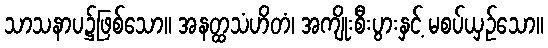
သာသနာပ၌ဖြစ်သော။ အနတ္ထသံဟိတံ၊ အကျိုးစီးပွားနှင့် မစပ်ယှဉ်သော။